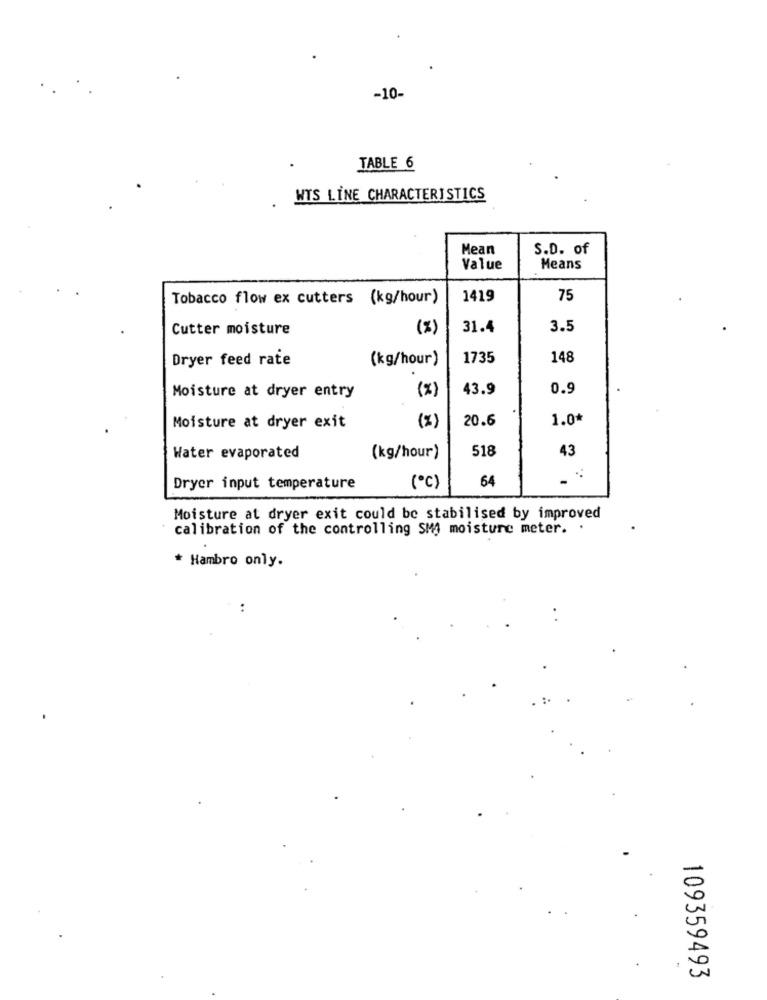
-10-
TABLE 6
WTS LINE CHARACTERISTICS
Mean
S.D. of
Value
Means
Tobacco flow ex cutters (kg/hour)
1419
75
Cutter moisture
(%)
31.4
3.5
Dryer feed rate
(kg/hour)
1735
148
(%)
43.9
0.5
Moisture at dryer entry
(%)
20.6
1.0*
Moisture at dryer exit
518
43
Water evaporated
(kg/hour)
64
Dryer input temperature
(℃)
Moisture at dryer exit could be stabilised by improved
calibration of the controlling SMJ moisture meter. .
* Hambro only.
..
109359493